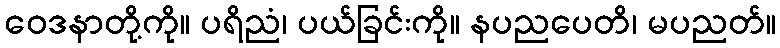
ဝေဒနာတို့ကို။ ပရိညံ၊ ပယ်ခြင်းကို။ နပညပေတိ၊ မပညတ်။